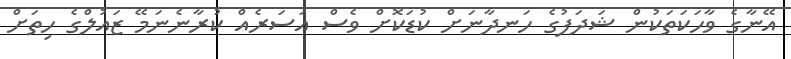
އޭނާގެ ވާހަކަތަކުން ޝަދަފުގެ ހަނދާނަށް ކުޑަކޮށް ވެސް އަސަރެއް ކުރާނެނަމޭ ޒައުލްގެ ހިތަށް